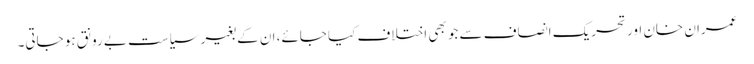
عمران خان اور تحریک انصاف سے جو بھی اختلاف کیا جائے، ان کے بغیر سیاست بے رونق ہو جاتی۔